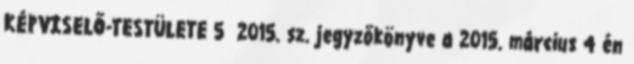
KÉPVISELŐ-TESTÜLETE 5 2015. sz. jegyzőkönyve a 2015. március 4 én